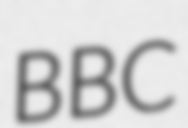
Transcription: BBC